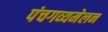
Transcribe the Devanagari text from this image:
पंचगव्यमेलन